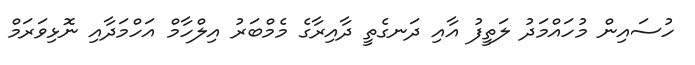
ހުސައިން މުހައްމަދު ލަތީފު އާއި ދަނގެތީ ދާއިރާގެ މެމްބަރު އިލްހާމް އަހްމަދާއި ނޮޅިވަރަމް